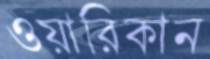
ওয়ারিকান